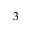
3